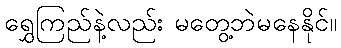
ရွှေကြည်နဲ့လည်း မတွေ့ဘဲမနေနိုင်။